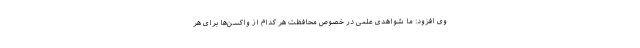
وی افزود: ما شواهدی علمی در خصوص محافظت هر کدام از واکسن‌ها برای هر